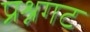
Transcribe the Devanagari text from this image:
प्रश्नगट